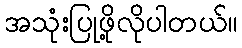
အသုံးပြုဖို့လိုပါတယ်။